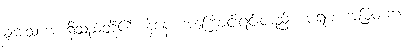
ချမ်းသာအစရှိသည်တို့၏။ နိဒါနံ၊ အကြောင်းရင်းတည်း။ ပရမံ၊ အမြတ်ဆုံး။